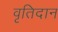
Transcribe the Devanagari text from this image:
वृतिदान